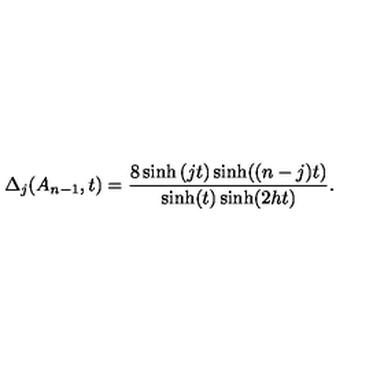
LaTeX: \Delta _ { j } ( A _ { n - 1 } , t ) = \frac { 8 \sinh \left( j t \right) \sinh ( ( n - j ) t ) } { \sinh ( t ) \sinh ( 2 h t ) } .